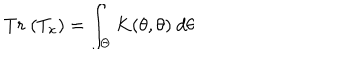
T r ~ ( T _ { x } ) = \int _ { \Theta } K ( \theta , \theta ) ~ d \theta